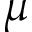
\mu